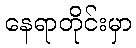
နေရာတိုင်းမှာ